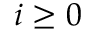
i \geq 0